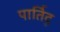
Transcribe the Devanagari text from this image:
पार्तिदू